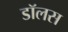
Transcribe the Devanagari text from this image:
डॉलस